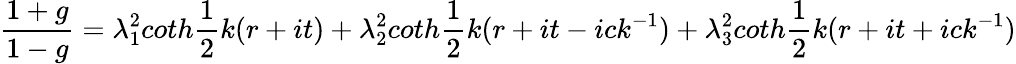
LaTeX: \frac{1+g}{1-g}=\lambda_{1}^{2}coth\frac{1}{2}k(r+it)+\lambda_{2}^{2}coth\frac{1}{2}k(r+it-ick^{-1})+\lambda_{3}^{2}coth\frac{1}{2}k(r+it+ick^{-1})